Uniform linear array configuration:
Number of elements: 16
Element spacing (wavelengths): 0.25
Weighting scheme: hamming
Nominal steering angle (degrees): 15
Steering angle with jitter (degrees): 16.12
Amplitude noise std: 0.05
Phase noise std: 0.05

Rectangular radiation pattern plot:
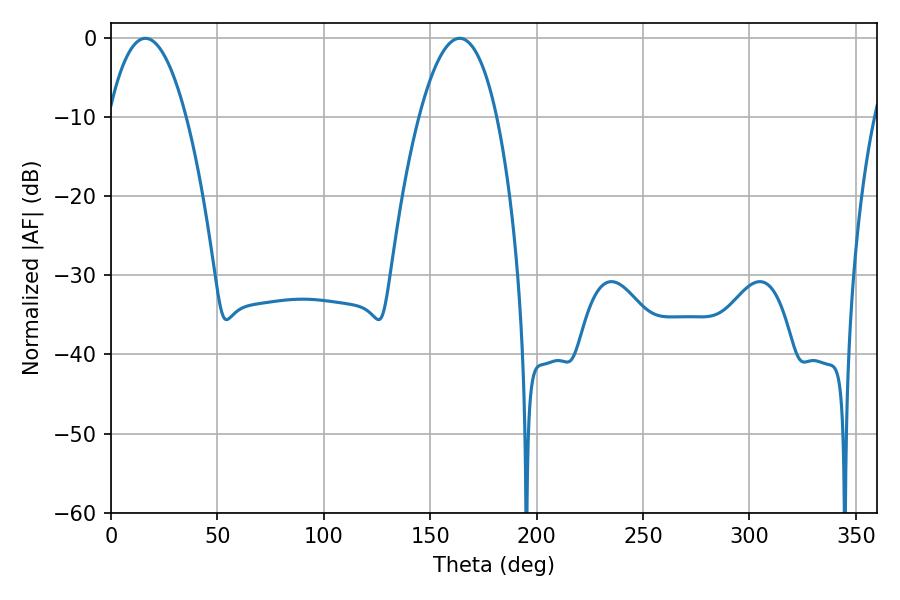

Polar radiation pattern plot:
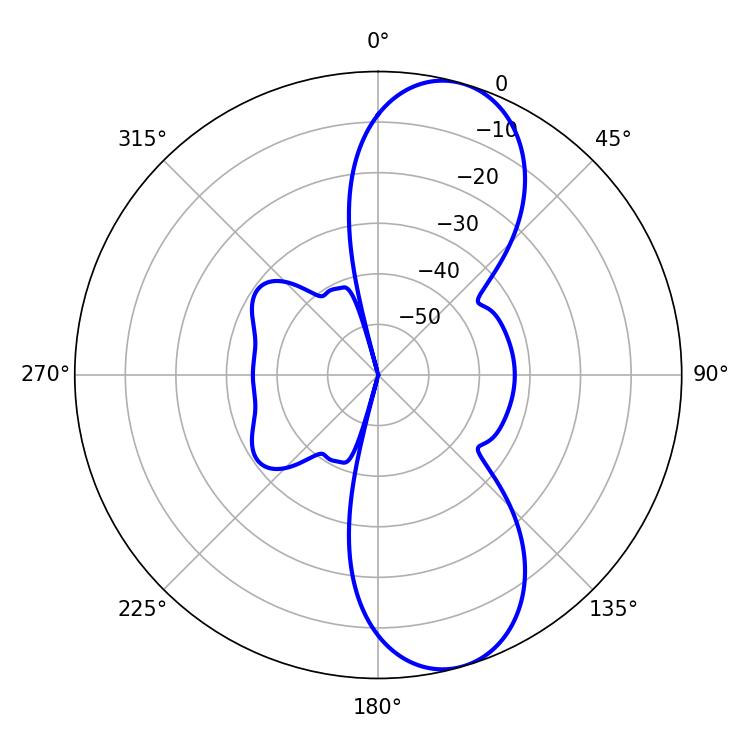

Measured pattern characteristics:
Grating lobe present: FALSE
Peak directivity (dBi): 9.708
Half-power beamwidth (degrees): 20.16
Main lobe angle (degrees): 16.2